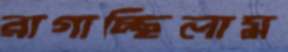
রাগাচ্ছিলাম